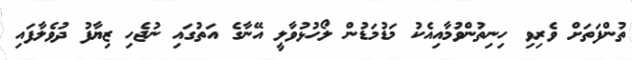
ތުންފަތަށް ވެރިވި ހިނިތުންވުމާއިއެކު މަޑުމަޑުން ލޯހުޅުވާލީ އޭނާގެ އަތުގައި ނުޖެހި ޒިޔާފު ދުވެލާފައި